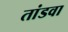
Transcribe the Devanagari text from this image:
तांडवा